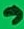
Text: 9